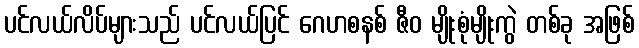
ပင်လယ်လိပ်များသည် ပင်လယ်ပြင် ဂေဟစနစ် ဇီဝ မျိုးစုံမျိုးကွဲ တစ်ခု အဖြစ်